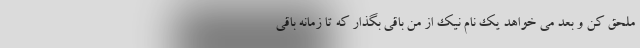
ملحق کن و بعد می خواهد یک نام نیک از من باقی بگذار که تا زمانه باقی